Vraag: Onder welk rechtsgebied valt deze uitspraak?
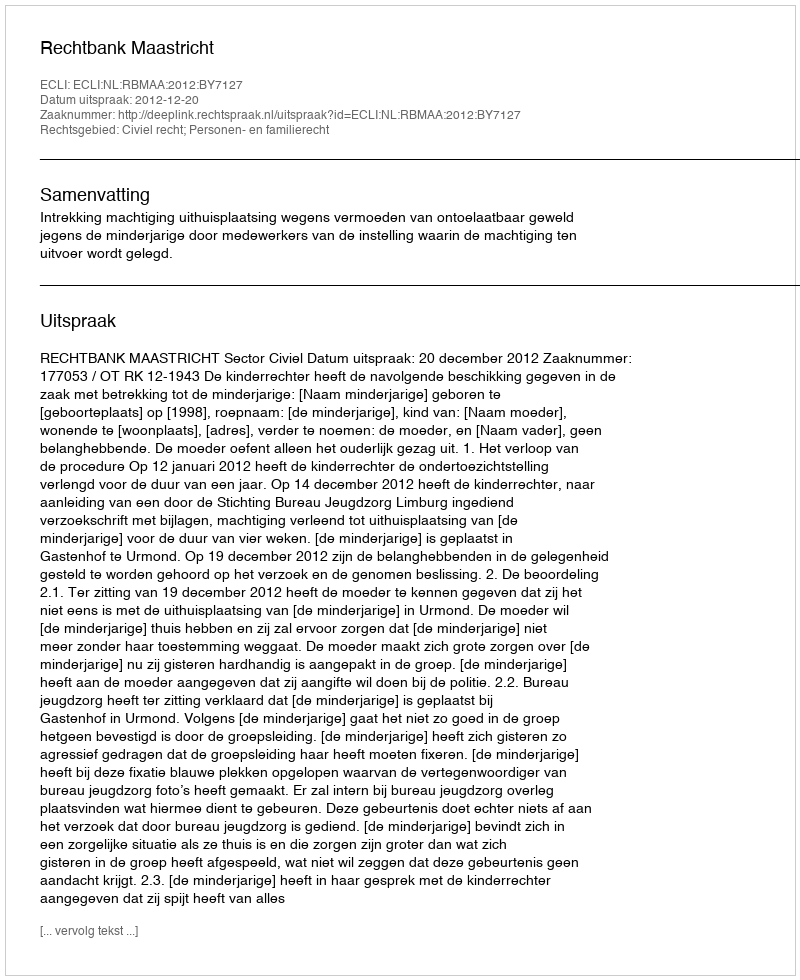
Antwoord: Civiel recht; Personen- en familierecht